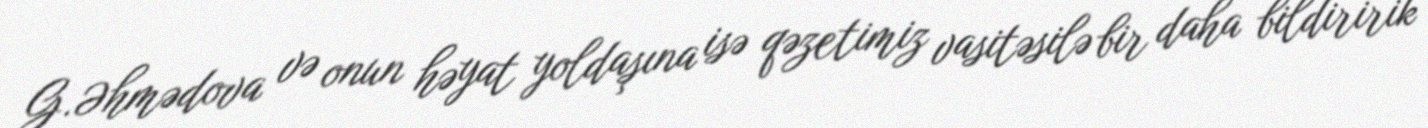
G.Əhmədova və onun həyat yoldaşına isə qəzetimiz vasitəsilə bir daha bildiririk